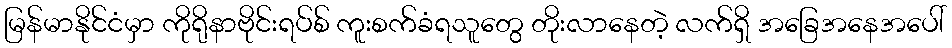
မြန်မာနိုင်ငံမှာ ကိုရိုနာဗိုင်းရပ်စ် ကူးစက်ခံရသူတွေ တိုးလာနေတဲ့ လက်ရှိ အခြေအနေအပေါ်